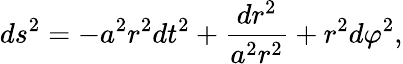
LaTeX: ds^{2}=-a^{2}r^{2}dt^{2}+\frac{dr^{2}}{a^{2}r^{2}}+r^{2}d\varphi^{2},